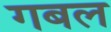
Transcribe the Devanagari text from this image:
गबल